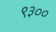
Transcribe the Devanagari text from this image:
९३००